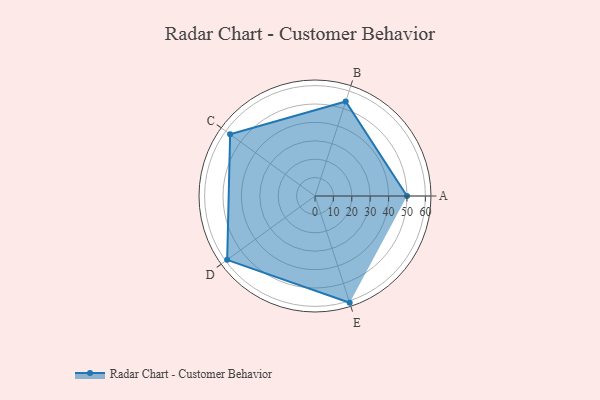
{"axis": {"x": "Skill", "y": "Score"}, "legend": ["Profile"], "data": [{"x": "A", "y": 50.0, "type": "Profile"}, {"x": "B", "y": 54.0, "type": "Profile"}, {"x": "C", "y": 57.0, "type": "Profile"}, {"x": "D", "y": 59.0, "type": "Profile"}, {"x": "E", "y": 61.0, "type": "Profile"}]}